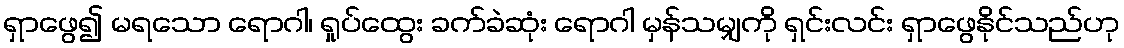
ရှာဖွေ၍ မရသော ရောဂါ၊ ရှုပ်ထွေး ခက်ခဲဆုံး ရောဂါ မှန်သမျှကို ရှင်းလင်း ရှာဖွေနိုင်သည်ဟု